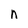
Character: n